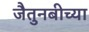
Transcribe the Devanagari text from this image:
जैतुनबीच्या